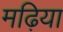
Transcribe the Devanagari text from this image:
मढ़िया